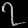
Digit: ၇